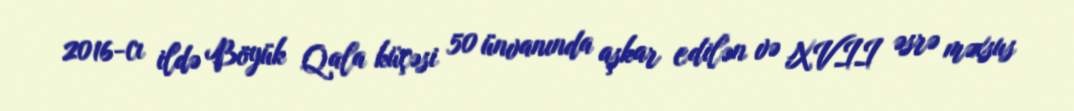
2016-cı ildə Böyük Qala küçəsi 50 ünvanında aşkar edilən və XVII əsrə məxsus